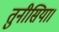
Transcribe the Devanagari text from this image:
तुनीसिया।